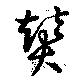
賛